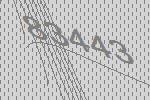
83443